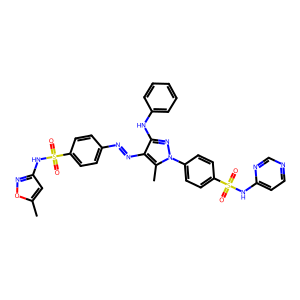
SMILES: Cc1cc(NS(=O)(=O)c2ccc(N=Nc3c(Nc4ccccc4)nn(-c4ccc(S(=O)(=O)Nc5ccncn5)cc4)c3C)cc2)no1
Inhibits HIV replication: No